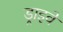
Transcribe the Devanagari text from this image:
ड्राइवें